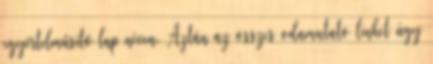
egyértelműsítő lap néven. Aztán az összes odamutató linket úgy